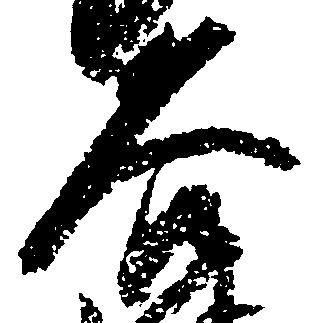
谷